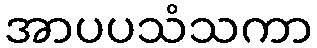
အာပပသံသကာ